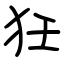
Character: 狅